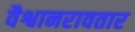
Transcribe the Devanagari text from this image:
वैश्वानरावतार